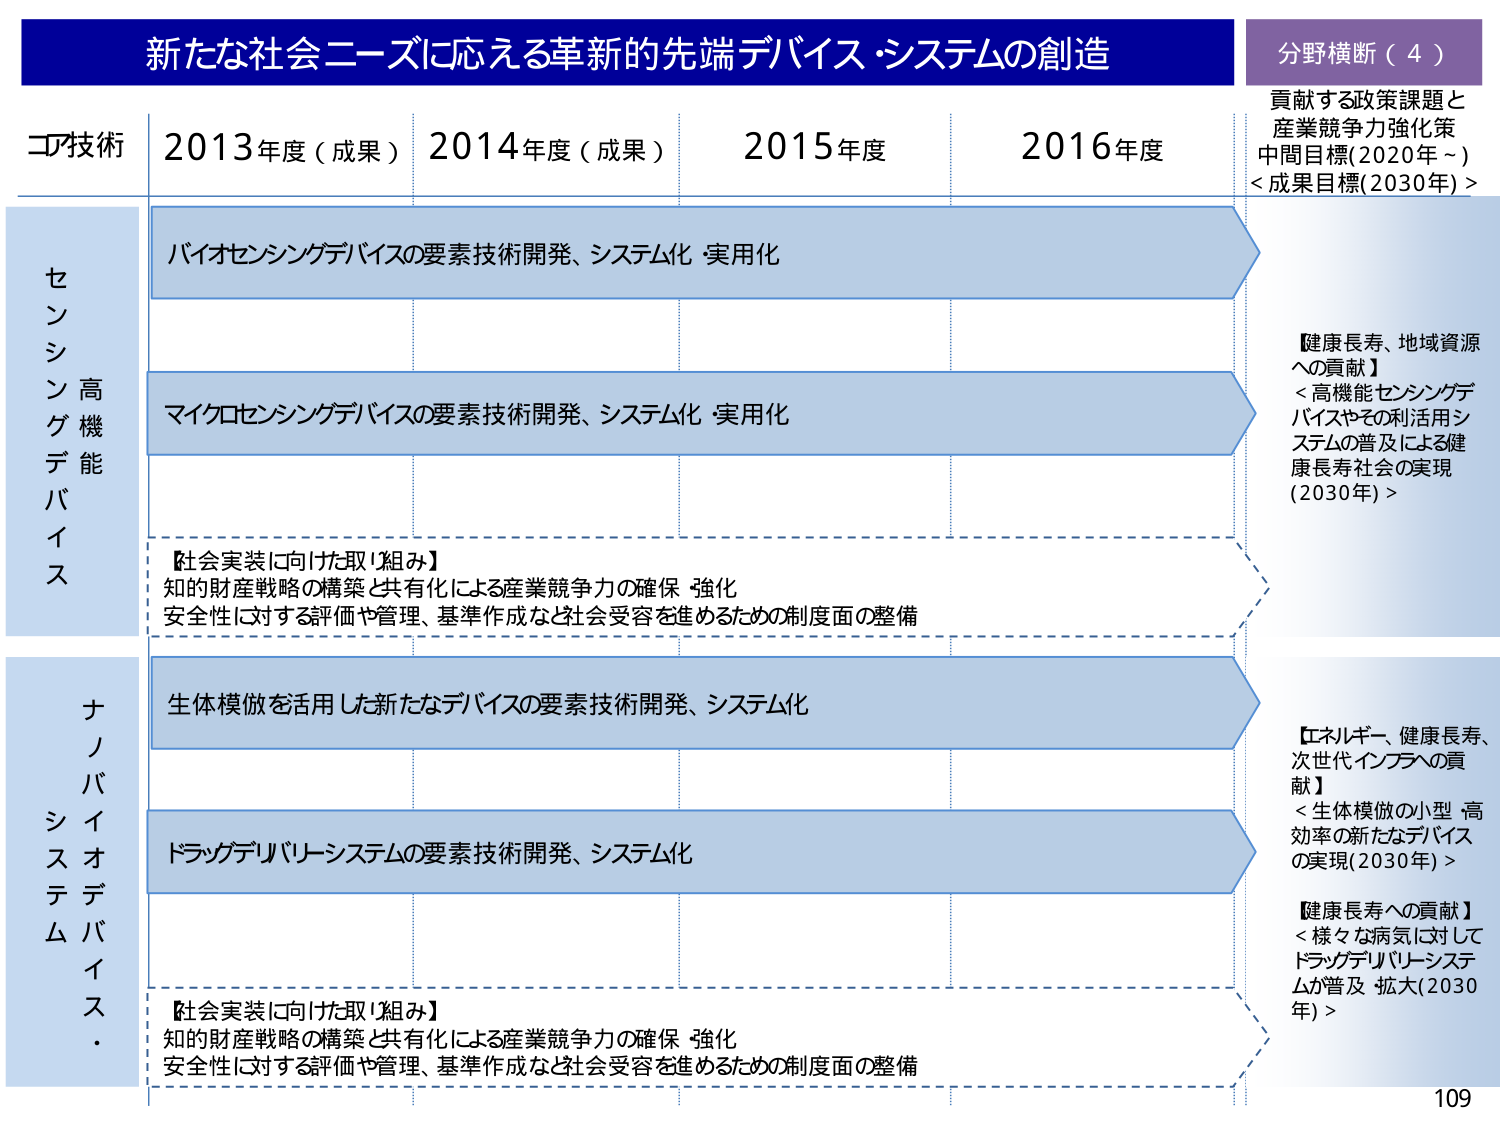
新たな社会ニーズに応える革新的先端デバイス・システムの創造
分野横断（4）
貢献する政策課題と
産業競争力強化策
中間目標（2020年～）
＜成果目標（2030年）＞

コア技術
2013年度（成果）
2014年度（成果）
2015年度
2016年度

センシングデバイス
高機能
バイオセンシングデバイスの要素技術開発、システム化・実用化
マイクロセンシングデバイスの要素技術開発、システム化・実用化
【社会実装に向けた取り組み】
知的財産戦略の構築と共有化による産業競争力の確保・強化
安全性に対する評価や管理、基準作成など社会受容を進めるための制度面の整備

【健康長寿、地域資源への貢献】
＜高機能センシングデバイスやその利活用システムの普及による健康長寿社会の実現（2030年）＞

ナノバイオデバイス・システム
生体模倣を活用した新たなデバイスの要素技術開発、システム化
ドラッグデリバリーシステムの要素技術開発、システム化
【社会実装に向けた取り組み】
知的財産戦略の構築と共有化による産業競争力の確保・強化
安全性に対する評価や管理、基準作成など社会受容を進めるための制度面の整備

【エネルギー、健康長寿、次世代インフラへの貢献】
＜生体模倣の小型・高効率の新たなデバイスの実現（2030年）＞
【健康長寿への貢献】
＜様々な病気に対してドラッグデリバリーシステムが普及・拡大（2030年）＞

109